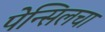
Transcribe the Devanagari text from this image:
पेन्सिलचा